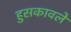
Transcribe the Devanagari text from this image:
हुसकावले